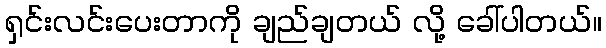
ရှင်းလင်းပေးတာကို ချည်ချတယ် လို့ ခေါ်ပါတယ်။